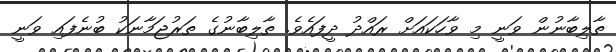
ތާލިބާނުން ވަނީ މި ވާހަކައަށް ރައްދު ދީފައެވެ. ތާލިބާނުގެ ތަރުޖަމާނަކު ބުނެފައި ވަނީ